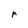
Character: r